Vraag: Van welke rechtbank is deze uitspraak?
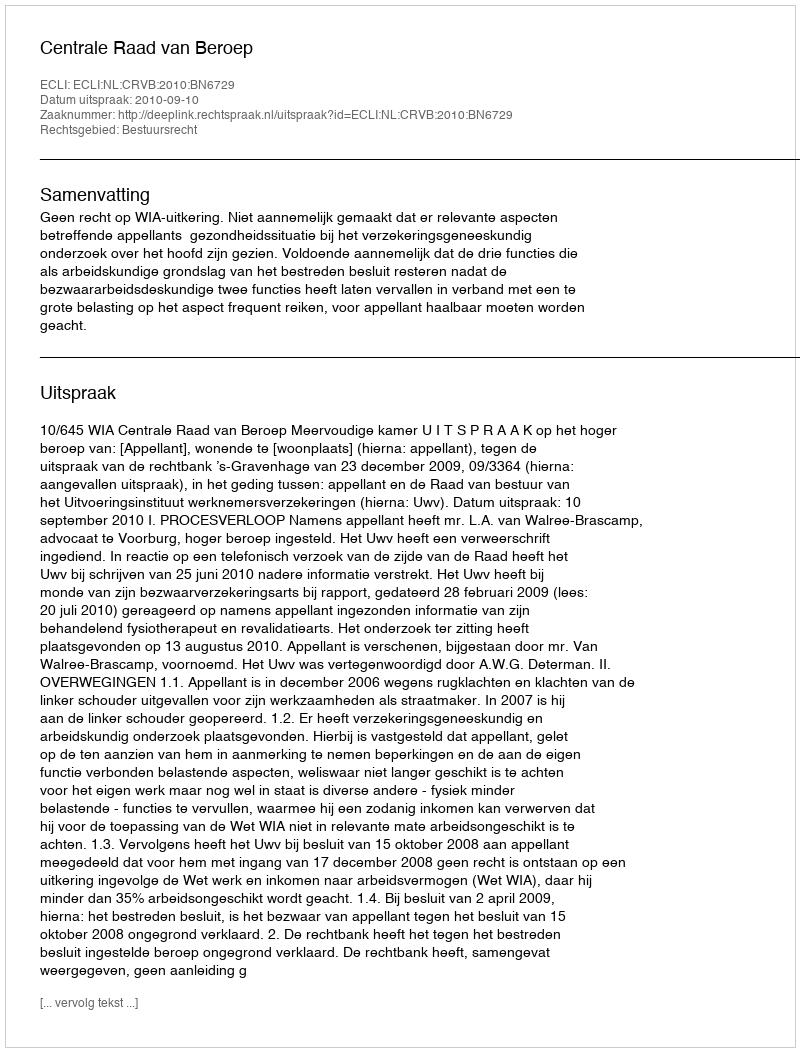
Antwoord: Centrale Raad van Beroep